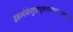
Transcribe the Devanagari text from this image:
इहलोकेसुखंभुक्त्वाचान्तंसत्यपुरंययौ